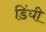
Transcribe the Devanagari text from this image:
डिंघी